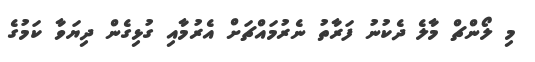
މި ލޯންޗް މާލެ ދެކުނު ފަރާތު ނެރުމައްޗަށް އެރުމާއި ގުޅިގެން ދިޔަވާ ކަމުގެ